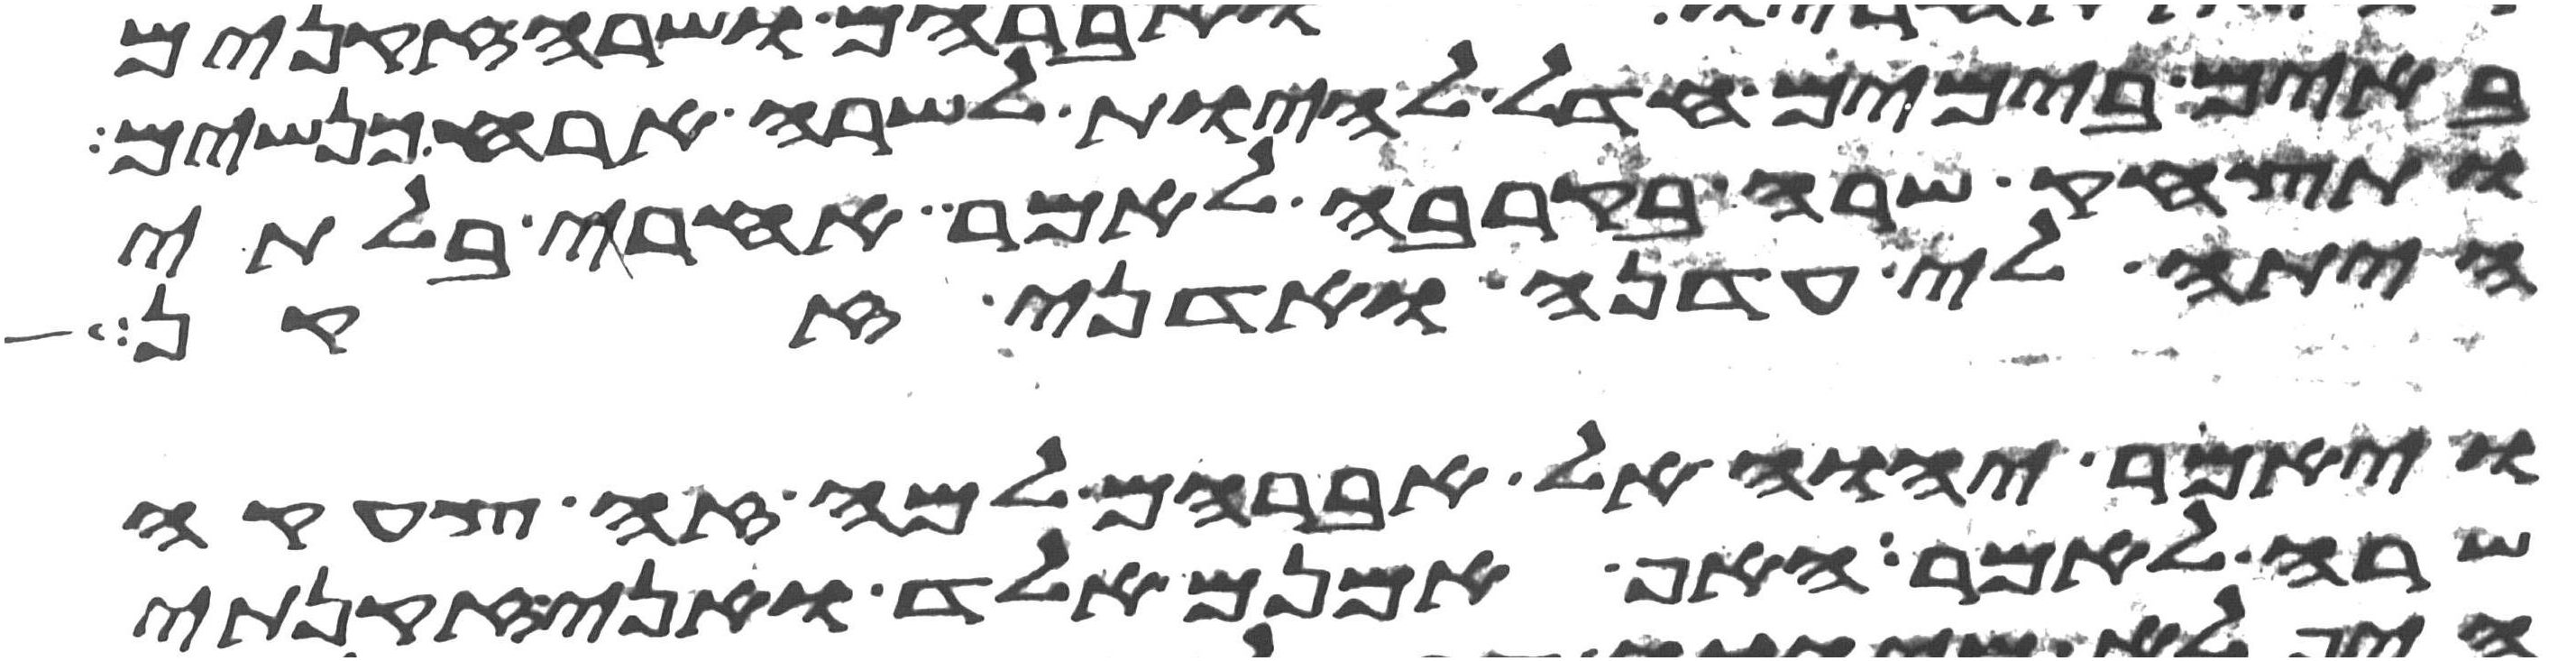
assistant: באים בימים חדל להיות לשרה ארח כנשים
ותצחק שרה בקרבה לאמר אחרי בלתי
היתה לי עדנה ואדני זקן
ויאמר יהוה אל אברהם למה זה צחקה
שרה לאמר האף אמנם אלד ואני זקנתי